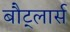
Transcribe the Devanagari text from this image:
बौट्लार्स